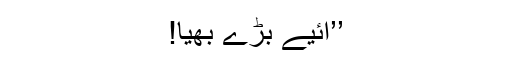
’’آئیے بڑے بھیا!